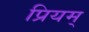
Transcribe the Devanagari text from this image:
प्रियम्‌